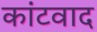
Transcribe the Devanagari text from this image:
कांटवाद